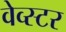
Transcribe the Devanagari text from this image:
वेव्स्टर